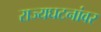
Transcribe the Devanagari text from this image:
राज्यघटनांवर